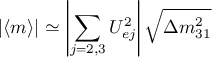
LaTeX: | \langle m \rangle | \simeq \left| \sum _ { j = 2 , 3 } U _ { e j } ^ { 2 } \right| \sqrt { \Delta m _ { 3 1 } ^ { 2 } }